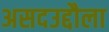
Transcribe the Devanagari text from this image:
असदउद्दौला